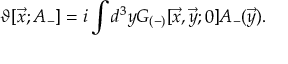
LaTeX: \vartheta [ { \vec { x } } ; A _ { - } ] = i \int d ^ { 3 } y { \cal G } _ { ( - ) } [ \vec { x } , \vec { y } ; 0 ] A _ { - } ( \vec { y } ) .